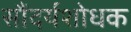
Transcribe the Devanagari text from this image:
सौंदर्यशोधक